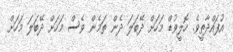
އުފައްދާތީވެ. ހޮލީވުޑް މަހަށް ދޭބަލަ ދެން ތަމެން ވެސް މަހަށް ދޭބަލަ މަހަށް